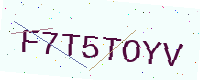
Text: F7T5TOYV